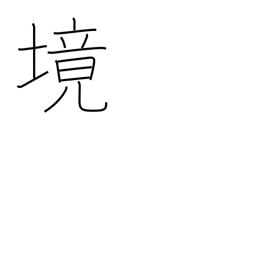
Meaning: region